Scottish Leaving Certificate Examination, 1961
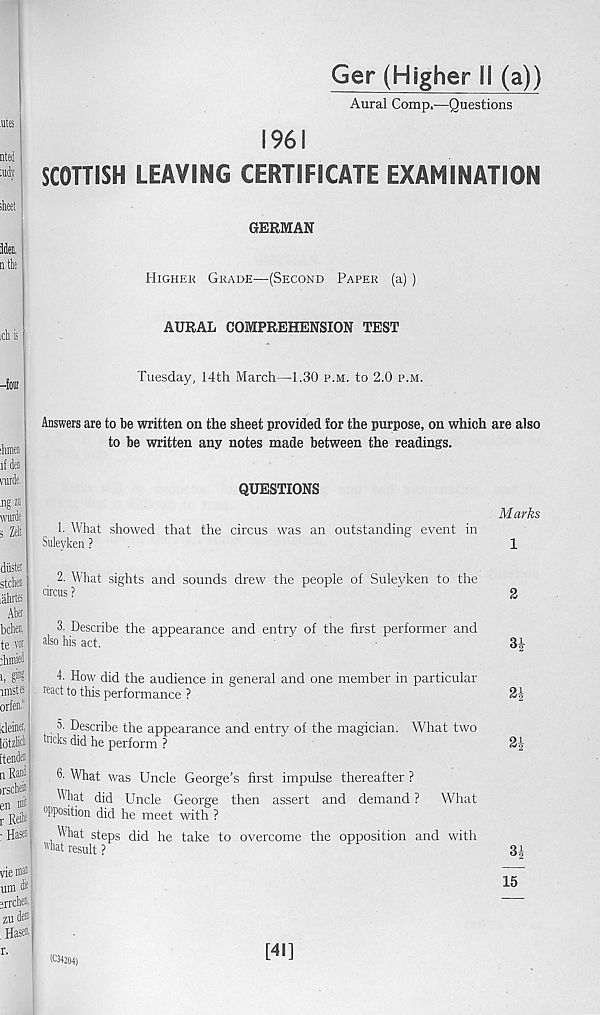
Ger (Higher II (a))
Aural Comp.—Questions
.utes
nted
tady
1961
SCOTTISH LEAVING CERTIFICATE EXAMINATION
GERMAN
Higher Grade—(Second Paper (a) )
AURAL COMPREHENSION TEST
Tuesday, 14th March—1.30 p.m. to 2.0 p.m.
:hiM
if den
nirde.
.ng zn
wurde
3 Zelt
Answers are to be written on the sheet provided for the purpose, on which are also
to be written any notes made between the readings.
QUESTIONS
h What showed that the circus was an outstanding event in
Suleyken ?
Marks
1
diistei
stela
lahrtei
Abei
bchen,
te voi
ehmieil
i, S' "!
imstfc
orfen“
Ideinet,
lotzlick
ftendei
nRani
irschein
en
r Relit
■ Has®
2. What sights and sounds drew the people of Suleyken to the
circus ?
3. Describe the appearance and entry of the first performer and
also his act.
4. How did the audience in general and one member in particular
react to this performance ?
5. Describe the appearance and entry of the magician. What two
tucks did he perform ?
3- What was Uncle George’s first impulse thereafter ?
What did Uncle George then assert and demand ? What
0 Pposition did he meet with ?
What steps did he take to overcome the opposition and with
'''hat result ?
2
3i
2i
2i
vie nm I
urn ^ I
2rrch®i I
zu den
. Has®
r.
15
(034204)
[41]